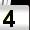
Digit: 4